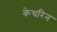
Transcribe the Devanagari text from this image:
केथरिन